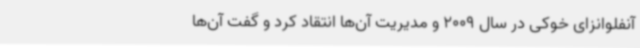
آنفلوانزای خوکی در سال 2009 و مدیریت آن‌ها انتقاد کرد و گفت آن‌ها